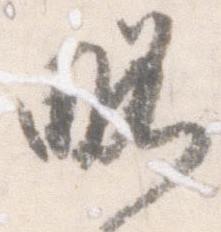
略